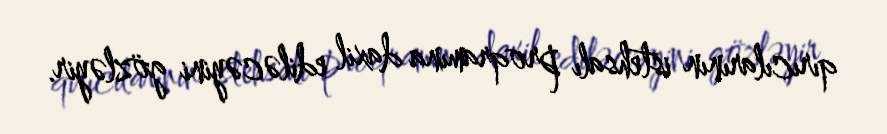
qırıcılarının istehsalı proqramına daxil ediləcəyini gözləyir.